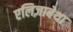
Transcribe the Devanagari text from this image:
एलिज़ाबेथा